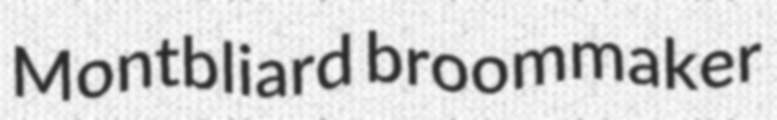
Montbliard broommaker